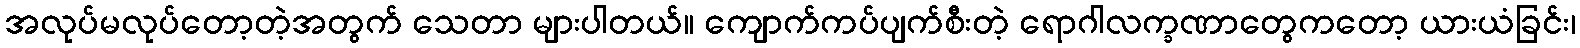
အလုပ်မလုပ်တော့တဲ့အတွက် သေတာ များပါတယ်။ ကျောက်ကပ်ပျက်စီးတဲ့ ရောဂါလက္ခဏာတွေကတော့ ယားယံခြင်း၊